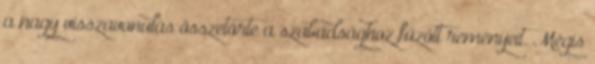
a nagy visszavonulás összetörte a szabadsághoz fűzött reményeit. Mégis